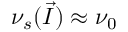
\nu _ { s } ( \vec { I } ) \approx \nu _ { 0 }